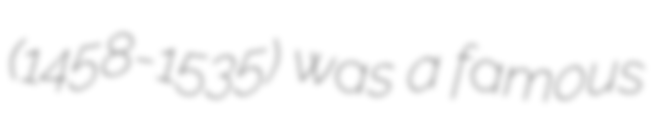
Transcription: (1458-1535) was a famous